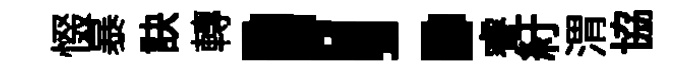
惙暴訣轉！睿紆渭協